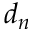
d _ { n }